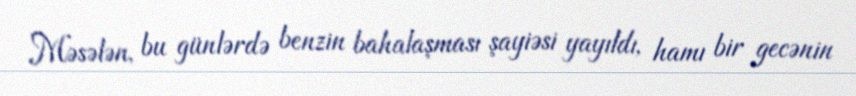
Məsələn, bu günlərdə benzin bahalaşması şayiəsi yayıldı, hamı bir gecənin